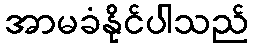
အာမခံနိုင်ပါသည်